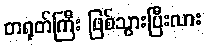
တရုတ်ကြီး ဖြစ်သွားပြီးလား